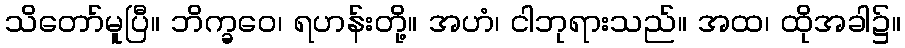
သိတော်မူပြီ။ ဘိက္ခဝေ၊ ရဟန်းတို့။ အဟံ၊ ငါဘုရားသည်။ အထ၊ ထိုအခါ၌။